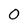
Character: 0